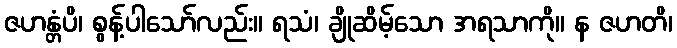
ဇဟန္တံပိ၊ စွန့်ပါသော်လည်း။ ရသံ၊ ချိုဆိမ့်သော အရသာကို။ န ဇဟတိ၊